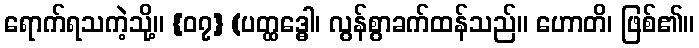
ရောက်ရသကဲ့သို့။ {၀၇} (ပတ္ထဒ္ဓေါ၊ လွန်စွာခက်ထန်သည်။ ဟောတိ၊ ဖြစ်၏။